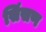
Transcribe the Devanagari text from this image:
सिंसण